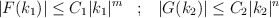
\begin{align*}|F(k_1)|\leq C_1|k_1|^m\;\;\;;\;\;\;|G(k_2)|\leq C_2|k_2|^n\end{align*}